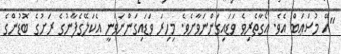
"އޭ މުސްޢަބް އެވެ. އޯގާތެރިވެ ވަޑައިގަންނަވާށެވެ. މިހިރަ ވަޑައިގަންނަވަނީ އެކަލޭގެފާނުގެ ރަށުގެ ބޮޑުންގެ